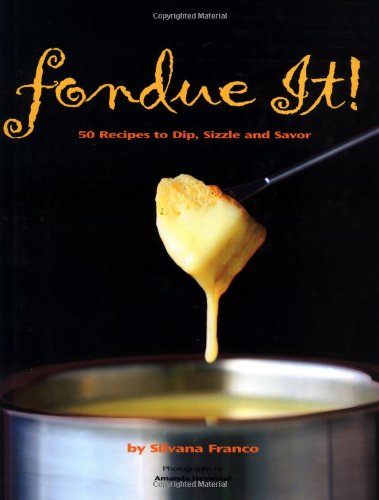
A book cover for Fondue It! 50 Recipes To Dip, Sizzle, And Savor; Silvana Franco; Cookbooks, Food & Wine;